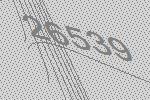
26539